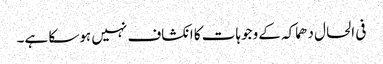
فی الحال دھماکہ کے وجوہات کا انکشاف نہیں ہوسکا ہے۔